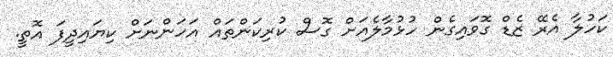
ކަހުލާ އެރޭ ޒެޑް ގޮވައިގެން ހުޅުމާލެއަށް ގޮސް ކުރިކަންތައް އަހަންނަށް ކިޔައިދީފަ އޮތީ.